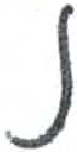
אות: נ